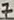
Text: 7